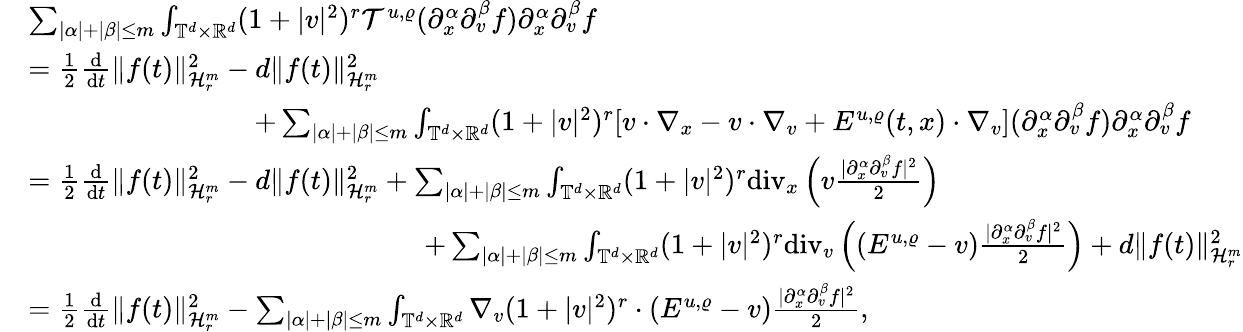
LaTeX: \begin{array}{rl}&{\sum_{\vert\alpha\vert+\vert\beta\vert\leq m}\int_{\mathbb T^{d}\times\mathbb R^{d}}(1+\vert v\vert^{2})^{r}\mathcal{T}^{u,\varrho}(\partial_{x}^{\alpha}\partial_{v}^{\beta}f)\partial_{x}^{\alpha}\partial_{v}^{\beta}f}\\ &{=\frac{1}{2}\frac{\mathrm{d}}{\mathrm{d}t}\Vert f(t)\Vert_{\mathcal{H}_{r}^{m}}^{2}-d\Vert f(t)\Vert_{\mathcal{H}_{r}^{m}}^{2}}\\ &{\qquad\qquad\qquad\qquad+\sum_{\vert\alpha\vert+\vert\beta\vert\leq m}\int_{\mathbb T^{d}\times\mathbb R^{d}}(1+\vert v\vert^{2})^{r}[v\cdot\nabla_{x}-v\cdot\nabla_{v}+E^{u,\varrho}(t,x)\cdot\nabla_{v}](\partial_{x}^{\alpha}\partial_{v}^{\beta}f)\partial_{x}^{\alpha}\partial_{v}^{\beta}f}\\ &{=\frac{1}{2}\frac{\mathrm{d}}{\mathrm{d}t}\Vert f(t)\Vert_{\mathcal{H}_{r}^{m}}^{2}-d\Vert f(t)\Vert_{\mathcal{H}_{r}^{m}}^{2}+\sum_{\vert\alpha\vert+\vert\beta\vert\leq m}\int_{\mathbb T^{d}\times\mathbb R^{d}}(1+\vert v\vert^{2})^{r}\mathrm{div}_{x}\left(v\frac{\vert\partial_{x}^{\alpha}\partial_{v}^{\beta}f\vert^{2}}{2}\right)}\\ &{\qquad\qquad\qquad\qquad\qquad\qquad\qquad+\sum_{\vert\alpha\vert+\vert\beta\vert\leq m}\int_{\mathbb T^{d}\times\mathbb R^{d}}(1+\vert v\vert^{2})^{r}\mathrm{div}_{v}\left((E^{u,\varrho}-v)\frac{\vert\partial_{x}^{\alpha}\partial_{v}^{\beta}f\vert^{2}}{2}\right)+d\Vert f(t)\Vert_{\mathcal{H}_{r}^{m}}^{2}}\\ &{=\frac{1}{2}\frac{\mathrm{d}}{\mathrm{d}t}\Vert f(t)\Vert_{\mathcal{H}_{r}^{m}}^{2}-\sum_{\vert\alpha\vert+\vert\beta\vert\leq m}\int_{\mathbb T^{d}\times\mathbb R^{d}}\nabla_{v}(1+\vert v\vert^{2})^{r}\cdot(E^{u,\varrho}-v)\frac{\vert\partial_{x}^{\alpha}\partial_{v}^{\beta}f\vert^{2}}{2},}\end{array}